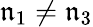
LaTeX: \mathfrak{n}_{1}\neq\mathfrak{n}_{3}